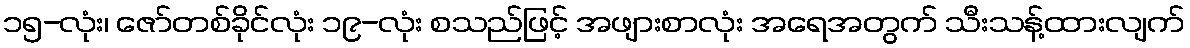
၁၅-လုံး၊ ဇော်တစ်ခိုင်လုံး ၁၉-လုံး စသည်ဖြင့် အဖျားစာလုံး အရေအတွက် သီးသန့်ထားလျက်